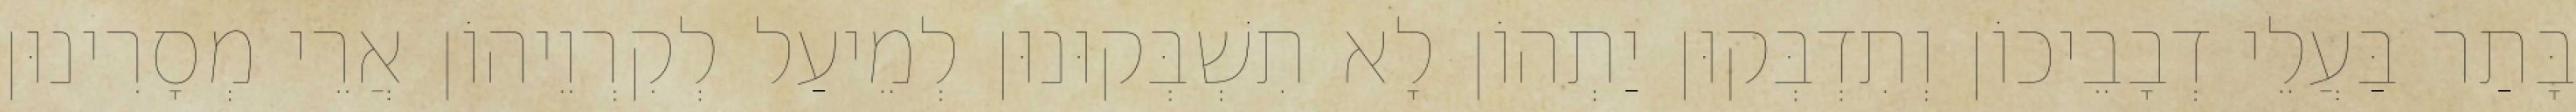
בָּתַר בַּעֲלֵי דְבָבֵיכוֹן וְתִדְבְּקוּן יַתְהוֹן לָא תִשְׁבְּקוּנוּן לְמֵיעַל לְקִרְוֵיהוֹן אֲרֵי מְסָרִינוּן